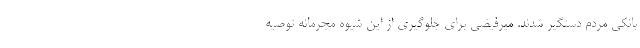
بانکی مردم دستگیر شدند. میرفیضی برای جلوگیری از این شیوه مجرمانه توصیه